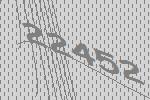
22452